Report on the working of the mental hospitals for Indians in Bihar and Orissa - 1925-1929
Year: 1925
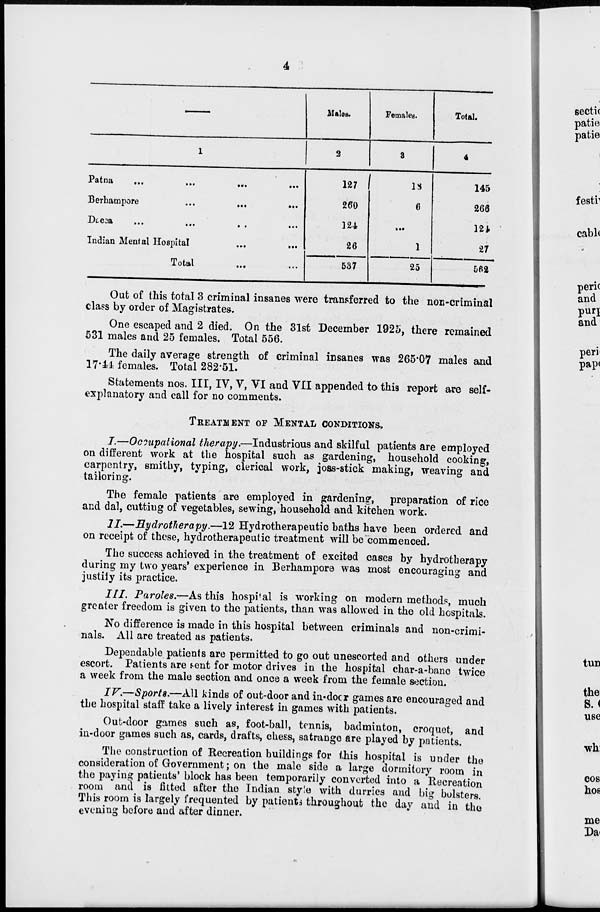
4
1
Patna
...
...
...
...
Berhampore
...
...
...
Dacca
...
...
...
...
Indian Mental Hospital
...
...
Total ...
Males.
2
127
260
124
26
537
Females.
3
18
6
...
1
25
Total.
4
145
266
124
27
562
Out of this total 3 criminal insanes were transferred to the non-criminal
class by order of Magistrates.
One escaped and 2 died. On the 31st December 1925, there remained
531 males and 25 females. Total 556.
The daily average strength of criminal insanes was 265.07 males and
17.44 females. Total 282.51.
Statements nos. III, IV, V, VI and VII appended to this report are self-
explanatory and call for no comments.
TREATMENT OF MENTAL CONDITIONS.
I.—Occupational therapy.—Industrious and skilful patients are employed
on different work at the hospital such as gardening, household cooking,
carpentry, smithy, typing, clerical work, joss-stick making, weaving and
tailoring.
The female patients are employed in gardening, preparation of rice
and dal, cutting of vegetables, sewing, household and kitchen work.
II.—Hydrotherapy.—12 Hydrotherapeutic baths have been ordered and
on receipt of these, hydrotherapeutic treatment will be commenced.
The success achieved in the treatment of excited cases by hydrotherapy
during my two years' experience in Berhampore was most encouraging and
justify its practice.
III. Paroles.—As this hospital is working on modern methods, much
greater freedom is given to the patients, than was allowed in the old hospitals.
No difference is made in this hospital between criminals and non-crimi-
nals. All are treated as patients.
Dependable patients are permitted to go out unescorted and others under
escort. Patients are sent for motor drives in the hospital char-a-banc twice
a week from the male section and once a week from the female section.
IV.—Sports.—All kinds of out-door and in-door games are encouraged and
the hospital staff take a lively interest in games with patients.
Out-door games such as, foot-ball, tennis, badminton, croquet, and
in-door games such as, cards, drafts, chess, satrange are played by patients.
The construction of Recreation buildings for this hospital is under the
consideration of Government; on the male side a large dormitory room in
the paying patients' block has been temporarily converted into a Recreation
room and is fitted after the Indian style with durries and big bolsters.
This room is largely frequented by patients throughout the day and in the
evening before and after dinner.